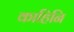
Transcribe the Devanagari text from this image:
काहिनि